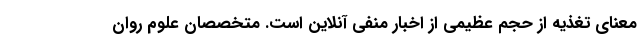
معنای تغذیه از حجم عظیمی از اخبار منفی آنلاین است. متخصصان علوم روان